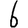
Digit: 6